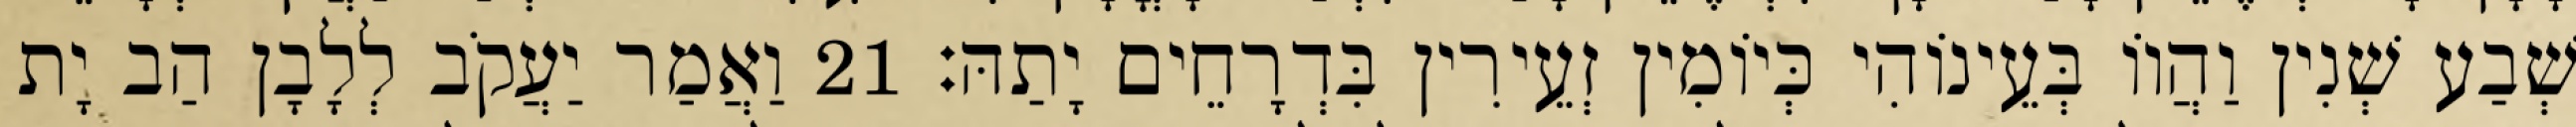
שְׁבַע שְׁנִין וַהֲווֹ בְּעֵינוֹהִי כְּיוֹמִין זְעֵירִין בִּדְרָחֵים יָתַהּ׃ 21 וַאֲמַר יַעֲקֹב לְלָבָן הַב יָת